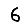
Digit: 6